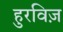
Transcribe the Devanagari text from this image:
हुरविज़